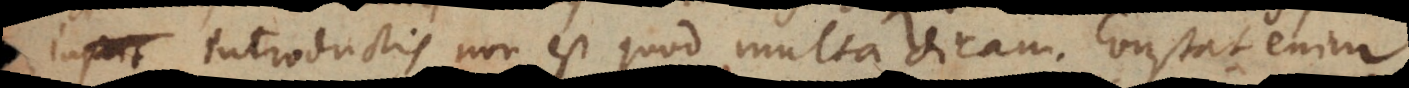
introductis non est quod multa dicam. Constat enim